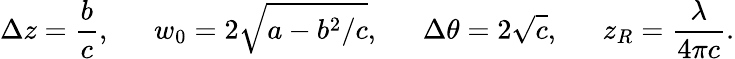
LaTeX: \Delta z=\frac{b}{c},~~~~~~w_{0}=2\sqrt{a-b^{2}/c},~~~~~~\Delta\theta=2\sqrt{c},~~~~~~z_{R}=\frac{\lambda}{4\pi c}.